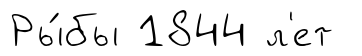
Ры́бы 1844 л'ет